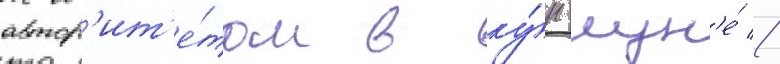
автор'ит'е́том в ку́н-лун'е́ //